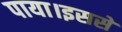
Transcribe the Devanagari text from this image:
पाया।इससे